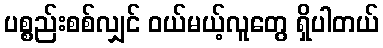
ပစ္စည်းစစ်လျှင် ဝယ်မယ့်လူတွေ ရှိပါတယ်